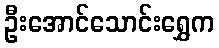
ဦးအောင်သောင်းရွှေက